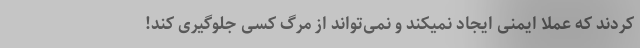
کردند که عملا ایمنی ایجاد نمیکند و نمی‌تواند از مرگ کسی جلوگیری کند!